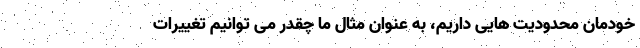
خودمان محدودیت هایی داریم، به عنوان مثال ما چقدر می توانیم تغییرات